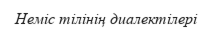
Неміс тілінің диалектілері